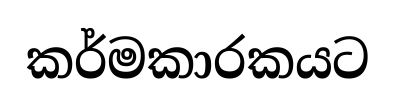
කර්මකාරකයට